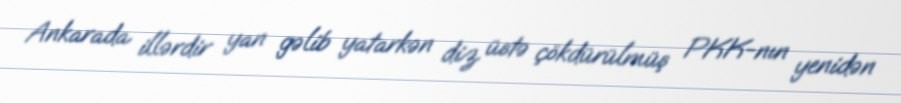
Ankarada illərdir yan gəlib yatarkən diz üstə çökdürülmüş PKK-nın yenidən